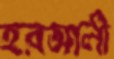
হরআলী